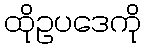
ထိုဥပဒေကို